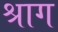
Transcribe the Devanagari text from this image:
श्राग